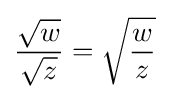
{\frac {\sqrt {w}}{\sqrt {z}}}={\sqrt {\frac {w}{z}}}